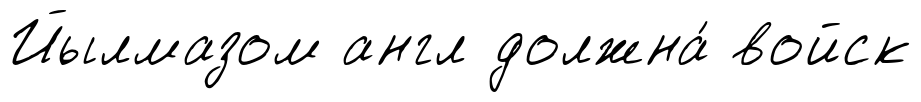
Йылмазом англ должна́ войск